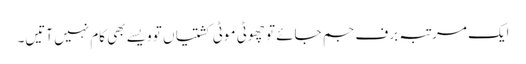
ایک مرتبہ برف جم جائے تو چھوٹی موٹی کشتیاں تو ویسے بھی کام نہیں آتیں۔